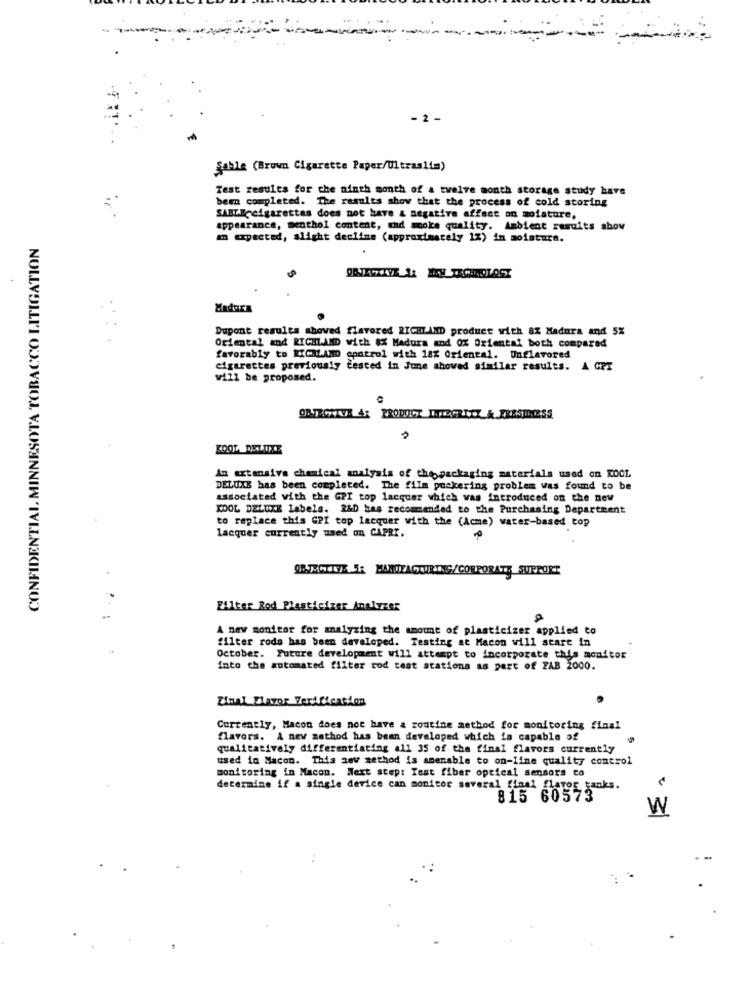
- 2-
Sable (Brown Cigarette Paper/Ultraslim)
Test results for che ninth month of a twelve month storage study have
been completed. The results show that the process of cold storing
SABLEccigarettes does not have & negative effect on moisture,
appearance, menthol content, thd moke quality. Ambient results show
CONFIDENTIAL MINNESOTA TOBACCO LITIGATION
an expected, alight decline (approximately 12) in moisture.
Dupont results shoved flavored RICHLAND product with 8% Madura and 5%
Oriental and RICHLAND with #X Madura and OX Oriental both compared
favorably to RICHLAND control with 18% Oriental. Unflavored
cigarettes previously tested in June showed similar results. A GET
will be proposed.
KOOL DELUXE
An extensive chemical analysis of the packaging materials used on KOOL
DELUXE has been completed. The film pockering problem was found to be
associated with the GPI top lacquer which was introduced on the new
KOOL DELUXE Labels. 2&D has recommended to the Purchasing Department
to replace this GPI top lacquer with the (Acme) water-based top
lacquer currently used on CAPRI.
OBJECTIVE 5R MANUFACTURING/CORPORATE SUPPORT
Filter Rod Plasticizer Analyzer
A new monitor for analyzing the amount of plasticizer applied to
filter rods has been developed. Testing at Macon will stare in
October. Future development will attempt to incorporate this monitor
into the automated filter rod test stations as part of FAB 2000.
Zinal Flavor Verification
Currently, Macon does not have & routine method for monitoring final
flavors. A new method has been developed which is capable of
qualitatively differentiating all 35 of the final flavors currently
used in Macon. This zev method is amenable to on-line quality control
monitoring in Macon. Next step: Test fiber optical sensors to
determine if a single device can monitor several final flavor tanks.
815 60573
W